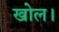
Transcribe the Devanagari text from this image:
खोल।